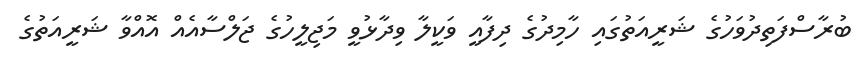
ބުރާސްފަތިދުވަހުގެ ޝަރީއަތުގައި ހާމިދުގެ ދިފާއީ ވަކީލާ ވިދާޅުވީ މަޖިލީހުގެ ޖަލްސާއެއް އޮއްވާ ޝަރީއަތުގެ